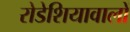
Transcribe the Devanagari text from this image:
रोडेशियावालों